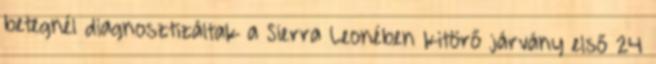
betegnél diagnosztizáltak a Sierra Leonében kitörő járvány első 24